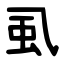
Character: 虱